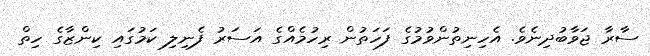
ސާރާ ޖަވާބުދިނެވެ. އެހިނިތުންވުމުގެ ފަހަތުން ރިހުމެއްގެ އަސަރު ފެނިލި ކަމުގައި ކިންޒާގެ ހިތް